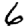
Digit: 6